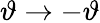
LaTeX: \vartheta\rightarrow-\vartheta